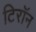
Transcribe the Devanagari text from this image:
टिरॉन